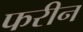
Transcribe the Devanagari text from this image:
फरीन